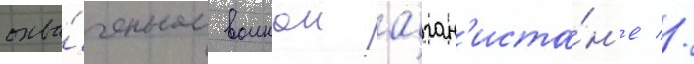
охва́ченном воинои афган'иста́н'е //